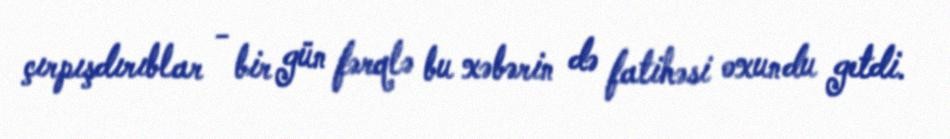
çırpışdırıblar - bir gün fərqlə bu xəbərin də fatihəsi oxundu getdi.